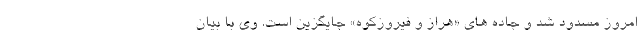
امروز مسدود شد و جاده های «هراز و فیروزکوه» جایگزین است. وی با بیان